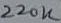
Text: 220K